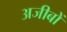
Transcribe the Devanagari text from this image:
अजीबों